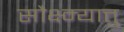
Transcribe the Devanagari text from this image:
सौक्ष्म्यात्तु